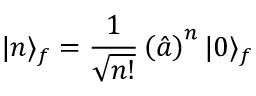
| n \rangle _ { f } = \frac { 1 } { \sqrt { n ! } } \left( \hat { a } \right) ^ { n } | 0 \rangle _ { f }